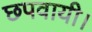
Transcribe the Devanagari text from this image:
छपवायी।